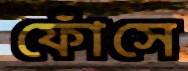
ফোঁসে